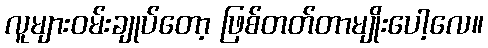
လူများဝမ်းချုပ်တော့ ဖြစ်တတ်တာမျိုးပေါ့လေ။